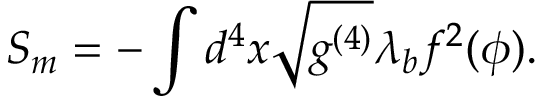
{ \cal S } _ { m } = - \int d ^ { 4 } x \sqrt { g ^ { ( 4 ) } } \lambda _ { b } f ^ { 2 } ( \phi ) .